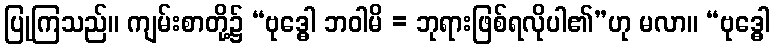
ပြုကြသည်။ ကျမ်းစာတို့၌ “ဗုဒ္ဓေါ ဘဝါမိ = ဘုရားဖြစ်ရလိုပါ၏”ဟု မလာ။ “ဗုဒ္ဓေါ